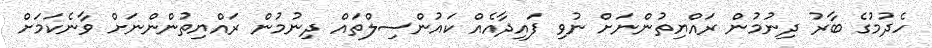
ހެދުމުގެ ބާރު ދިނުމުން ރައްޔިތުންނަށް ނުވި ފައިދާއެއް ކައުންސިލްތައް ދިނުމުން ރައްޔިތުންންނަށް ވާނެކަމަށް